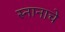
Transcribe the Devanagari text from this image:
स्नानाचे